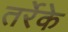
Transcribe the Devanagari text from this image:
तर्रेके